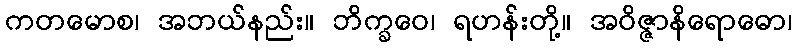
ကတမောစ၊ အဘယ်နည်း။ ဘိက္ခဝေ၊ ရဟန်းတို့။ အဝိဇ္ဇာနိရောဓော၊